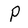
Character: P